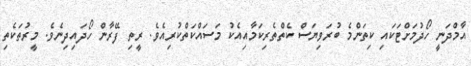
އާމްދަނީ ހޯދުމަށްޓަކައި ކިތަންމެ ބުރަވިޔަސް ކެތްތެރިކަމާއިއެކު މަސައްކަތްކުރިއެވެ. ރީތި ފޭރާން ހޯދައިދިނެވެ. މީރުތަކެތި